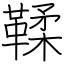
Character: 鞣